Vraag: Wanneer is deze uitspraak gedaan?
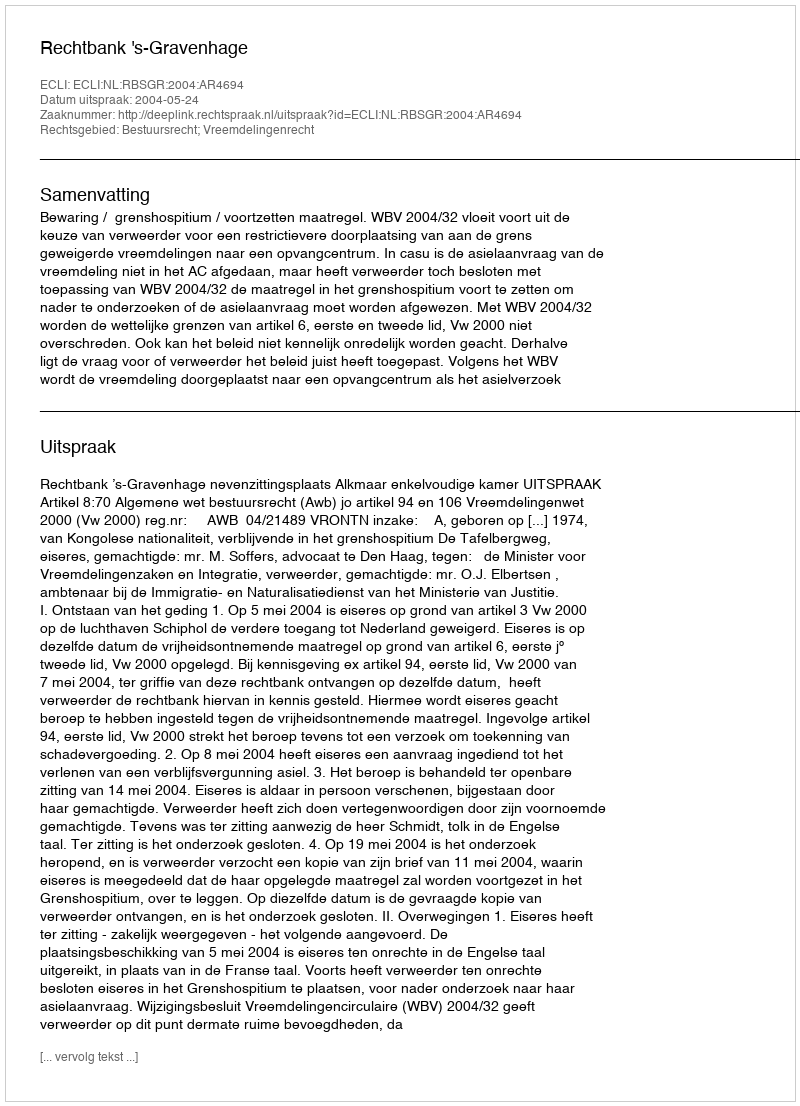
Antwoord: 2004-05-24